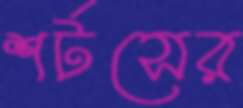
শর্টসের